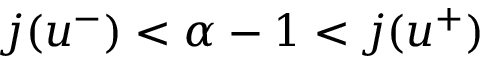
j ( u ^ { - } ) < \alpha - 1 < j ( u ^ { + } )